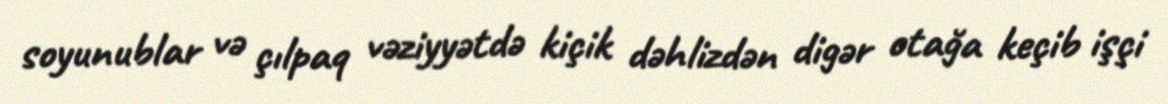
soyunublar və çılpaq vəziyyətdə kiçik dəhlizdən digər otağa keçib işçi